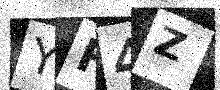
Text: YH4Z